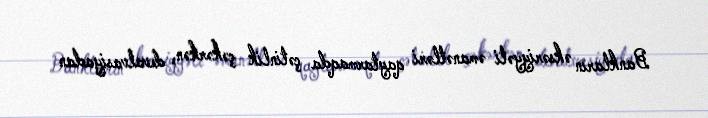
Bankların əksəriyyəti əmanətləri qaytarmaqda çətinlik çəkərkən, devalvasiyadan